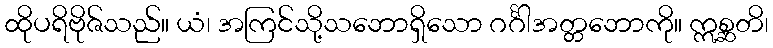
ထိုပရိဗိုဇ်သည်။ ယံ၊ အကြင်သို့သဘောရှိသော ဂင်္ဂါအတ္တဘောကို။ ဣစ္ဆတိ၊